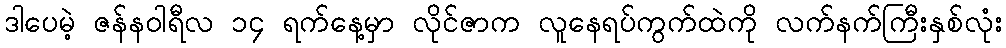
ဒါပေမဲ့ ဇန်နဝါရီလ ၁၄ ရက်နေ့မှာ လိုင်ဇာက လူနေရပ်ကွက်ထဲကို လက်နက်ကြီးနှစ်လုံး